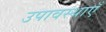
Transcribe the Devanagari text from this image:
उपावस्थाएँ